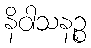
နိဝါသနဉ္စ